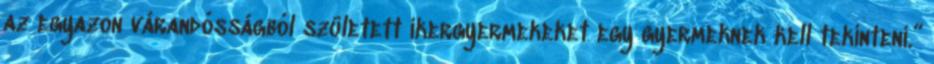
az egyazon várandósságból született ikergyermekeket egy gyermeknek kell tekinteni.”